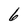
Character: 6